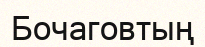
Бочаговтың